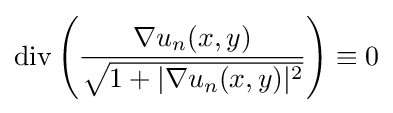
\mathrm {div} \left({\frac {\nabla u_{n}(x,y)}{\sqrt {1+|\nabla u_{n}(x,y)|^{2}}}}\right)\equiv 0